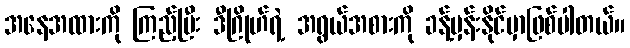
အနေအထားကို ကြည့်ပြီး ဒီဂြိုဟ်ရဲ့ အရွယ်အစားကို ခန့်မှန်းနိုင်မှာဖြစ်ပါတယ်။